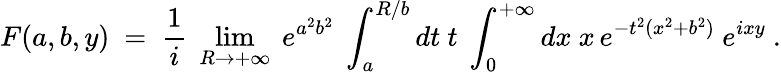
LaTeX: F(a,b,y)\ =\ \frac{1}{i}\ \operatorname*{lim}_{R\to+\infty}\ e^{a^{2}b^{2}}\ \int_{a}^{R/b}dt\ t\ \int_{0}^{+\infty}dx\ x\, e^{-t^{2}(x^{2}+b^{2})}\ e^{ixy}\ .